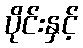
ပိုင်းနှင့်